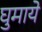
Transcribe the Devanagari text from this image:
घुमाये